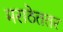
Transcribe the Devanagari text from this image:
मराठेततर